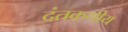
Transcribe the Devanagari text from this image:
दंतकथीय